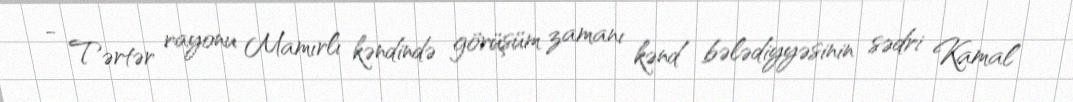
- Tərtər rayonu Mamırlı kəndində görüşüm zamanı kənd bələdiyyəsinin sədri Kamal